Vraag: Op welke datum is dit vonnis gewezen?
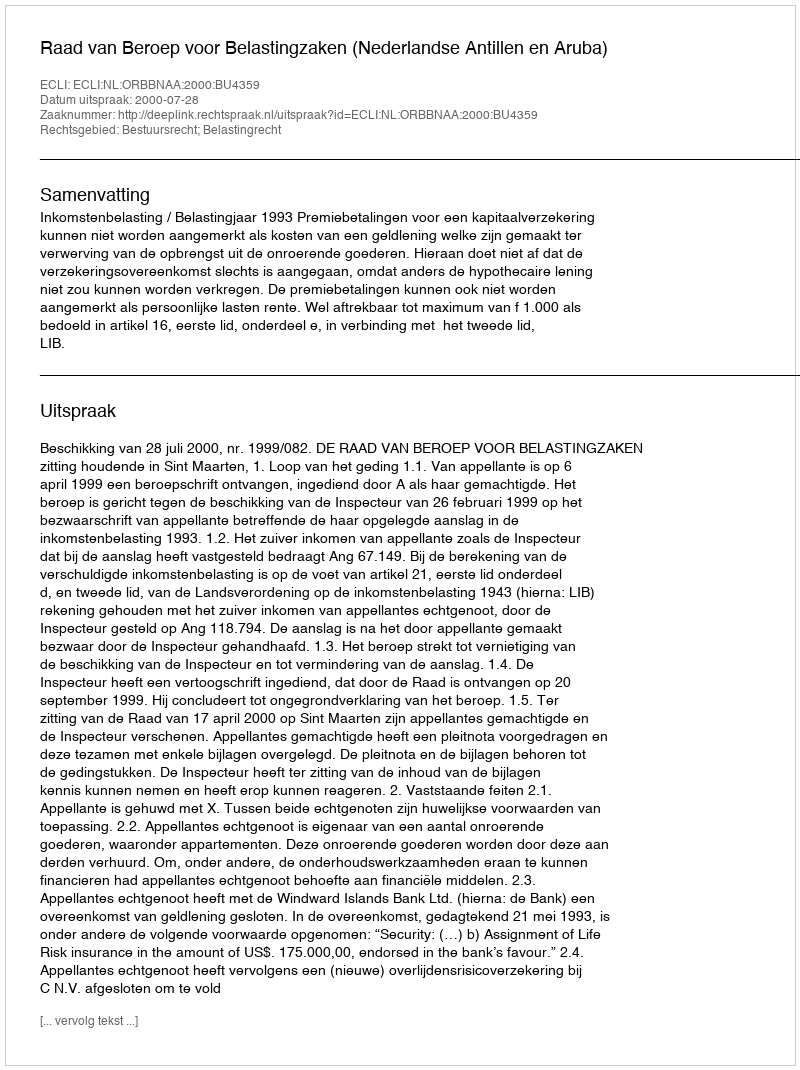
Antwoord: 2000-07-28